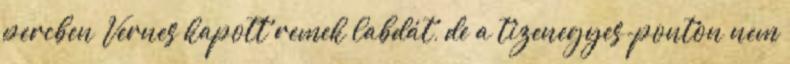
percben Vernes kapott remek labdát, de a tizenegyes-ponton nem